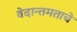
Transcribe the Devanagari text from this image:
वेदान्तमताचे